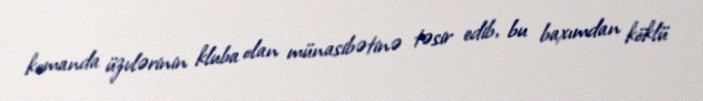
komanda üzvlərinin kluba olan münasibətinə təsir edib, bu baxımdan köklü